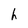
Character: h